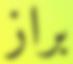
براز